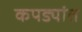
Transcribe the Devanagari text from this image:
कपड्यांत